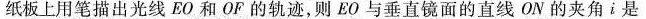
在纸板上用笔描出光线EO和OF的轨迹，则EO与垂直镜面的直线ON的夹角i是